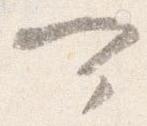
可